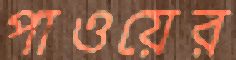
পাওয়ের